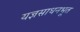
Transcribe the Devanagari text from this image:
यज्ञसाधनभूत